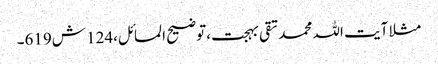
مثلا آیت اللہ محمد تقی بہجت ،توضیح المسائل،124 ش619۔